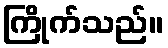
ကြိုက်သည်။